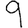
Digit: 9